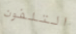
التلفون